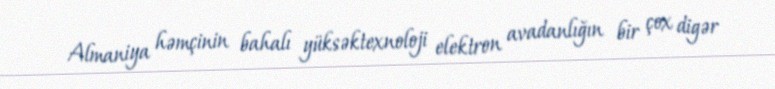
Almaniya həmçinin bahalı yüksəktexnoloji elektron avadanlığın bir çox digər